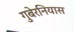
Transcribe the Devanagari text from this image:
गुबेरनियास